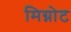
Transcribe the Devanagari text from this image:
मिग्नोट